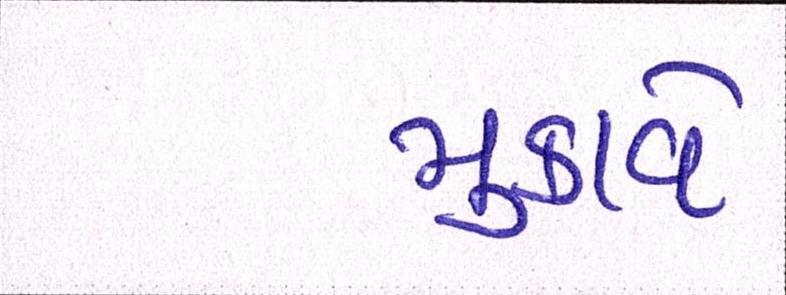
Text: મુકાવે